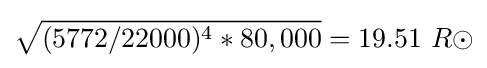
{\sqrt {(5772/22000)^{4}*80,000}}=19.51\ R\odot